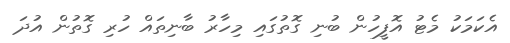
އެކަމަކު މެޓު އޮފީހުން ބުނި ގޮތުގައި މިހާރު ބާނިތައް ހުރި ގޮތުން އުދަ